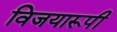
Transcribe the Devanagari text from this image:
विजयारूपी